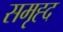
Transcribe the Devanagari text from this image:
समृह्द